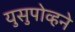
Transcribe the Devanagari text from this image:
युसुपोव्हने